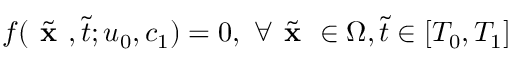
f ( \tilde { \textbf { x } } , \tilde { t } ; u _ { 0 } , c _ { 1 } ) = 0 , \ \forall \tilde { \textbf { x } } \in \Omega , \tilde { t } \in [ T _ { 0 } , T _ { 1 } ]